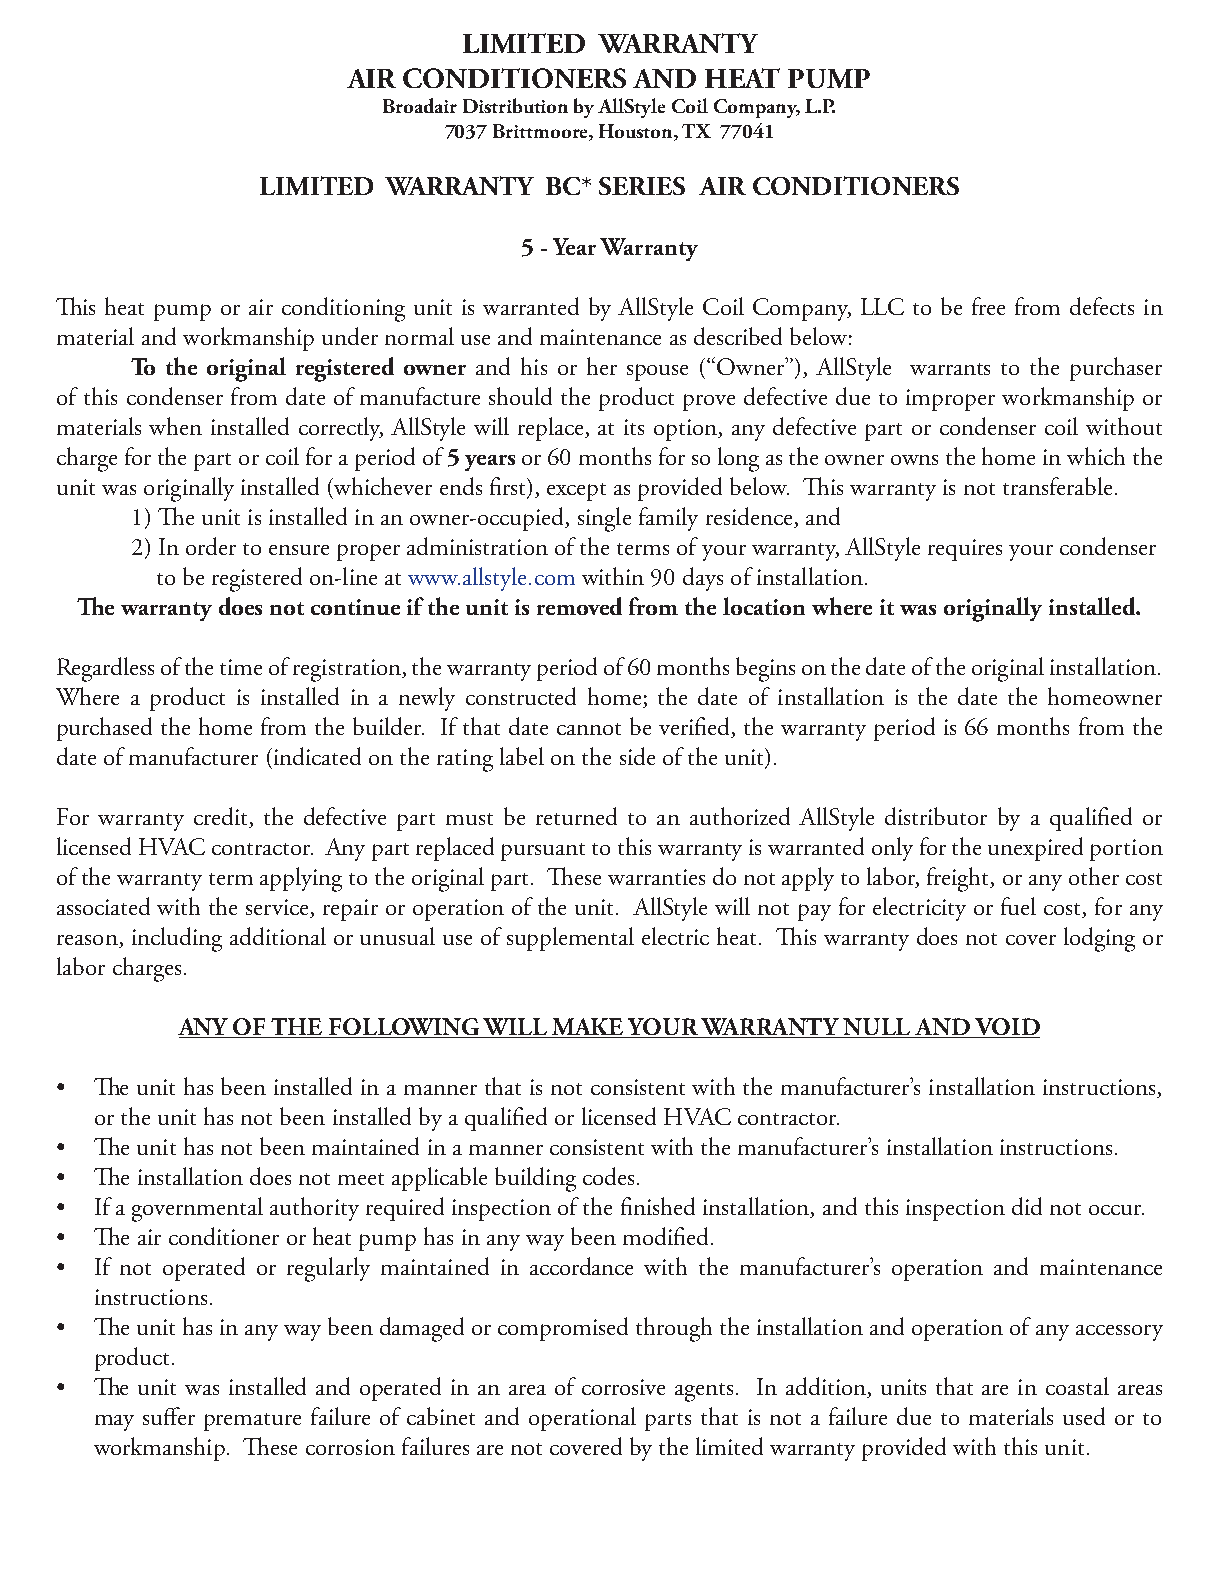
LIMITED  WARRANTY
 AIR CONDITIONERS   AND  HEAT PUMP
 Broadair Distribution by AllStyle Coil Company, L.P.
 7037 Brittmoore, Houston, TX 77041
 LIMITED  WARRANTY  BC* SERIES AIR CONDITIONERS
 5 - Year Warranty
 This heat pump or air conditioning unit is warranted by AllStyle Coil Company, LLC to be free from defects in
 material and workmanship under normal use and maintenance as described below:
 To the original registered owner and his or her spouse (“Owner”), AllStyle warrants to the purchaser
 of this condenser from date of manufacture should the product prove defective due to improper workmanship or
 materials when installed correctly, AllStyle will replace, at its option, any defective part or condenser coil without
 charge for the part or coil for a period of 5 years or 60 months for so long as the owner owns the home in which the
 unit was originally installed (whichever ends first), except as provided below. This warranty is not transferable.
 1) The unit is installed in an owner-occupied, single family residence, and
 2) In order to ensure proper administration of the terms of your warranty, AllStyle requires your condenser
 to be registered on-line at www.allstyle.com within 90 days of installation.
 The warranty does not continue if the unit is removed from the location where it was originally installed.
 Regardless of the time of registration, the warranty period of 60 months begins on the date of the original installation.
 Where a product is installed in a newly constructed home; the date of installation is the date the homeowner
 purchased the home from the builder. If that date cannot be verified, the warranty period is 66 months from the
 date of manufacturer (indicated on the rating label on the side of the unit).
 For warranty credit, the defective part must be returned to an authorized AllStyle distributor by a qualified or
 licensed HVAC contractor. Any part replaced pursuant to this warranty is warranted only for the unexpired portion
 of the warranty term applying to the original part. These warranties do not apply to labor, freight, or any other cost
 associated with the service, repair or operation of the unit. AllStyle will not pay for electricity or fuel cost, for any
 reason, including additional or unusual use of supplemental electric heat. This warranty does not cover lodging or
 labor charges.
 ANY OF THE FOLLOWING WILL MAKE YOUR WARRANTY NULL AND VOID
 • The unit has been installed in a manner that is not consistent with the manufacturer’s installation instructions,
 or the unit has not been installed by a qualified or licensed HVAC contractor.
 • The unit has not been maintained in a manner consistent with the manufacturer’s installation instructions.
 • The installation does not meet applicable building codes.
 • If a governmental authority required inspection of the finished installation, and this inspection did not occur.
 • The air conditioner or heat pump has in any way been modified.
 • If not operated or regularly maintained in accordance with the manufacturer’s operation and maintenance
 instructions.
 • The unit has in any way been damaged or compromised through the installation and operation of any accessory
 product.
 • The unit was installed and operated in an area of corrosive agents. In addition, units that are in coastal areas
 may suffer premature failure of cabinet and operational parts that is not a failure due to materials used or to
 workmanship. These corrosion failures are not covered by the limited warranty provided with this unit.